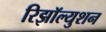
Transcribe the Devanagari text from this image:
रिझॉल्युशन